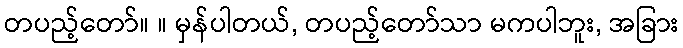
တပည့်တော်။ ။ မှန်ပါတယ်, တပည့်တော်သာ မကပါဘူး, အခြား